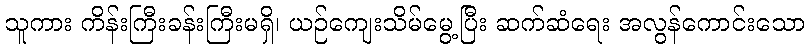
သူကား ကိန်းကြီးခန်းကြီးမရှိ၊ ယဉ်ကျေးသိမ်မွေ့ပြီး ဆက်ဆံရေး အလွန်ကောင်းသော